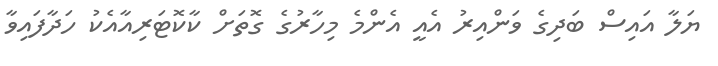
ޔަލާ އައިސް ބަދިގެ ވަންއިރު އެއީ އެންމެ މިހާރުގެ ގޮތަށް ކާކޮޓަރިއާއެކު ހަދާފައިވާ